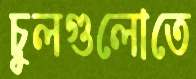
চুলগুলোতে